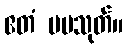
ဧတံ မမသုတ်။